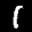
Label: 1